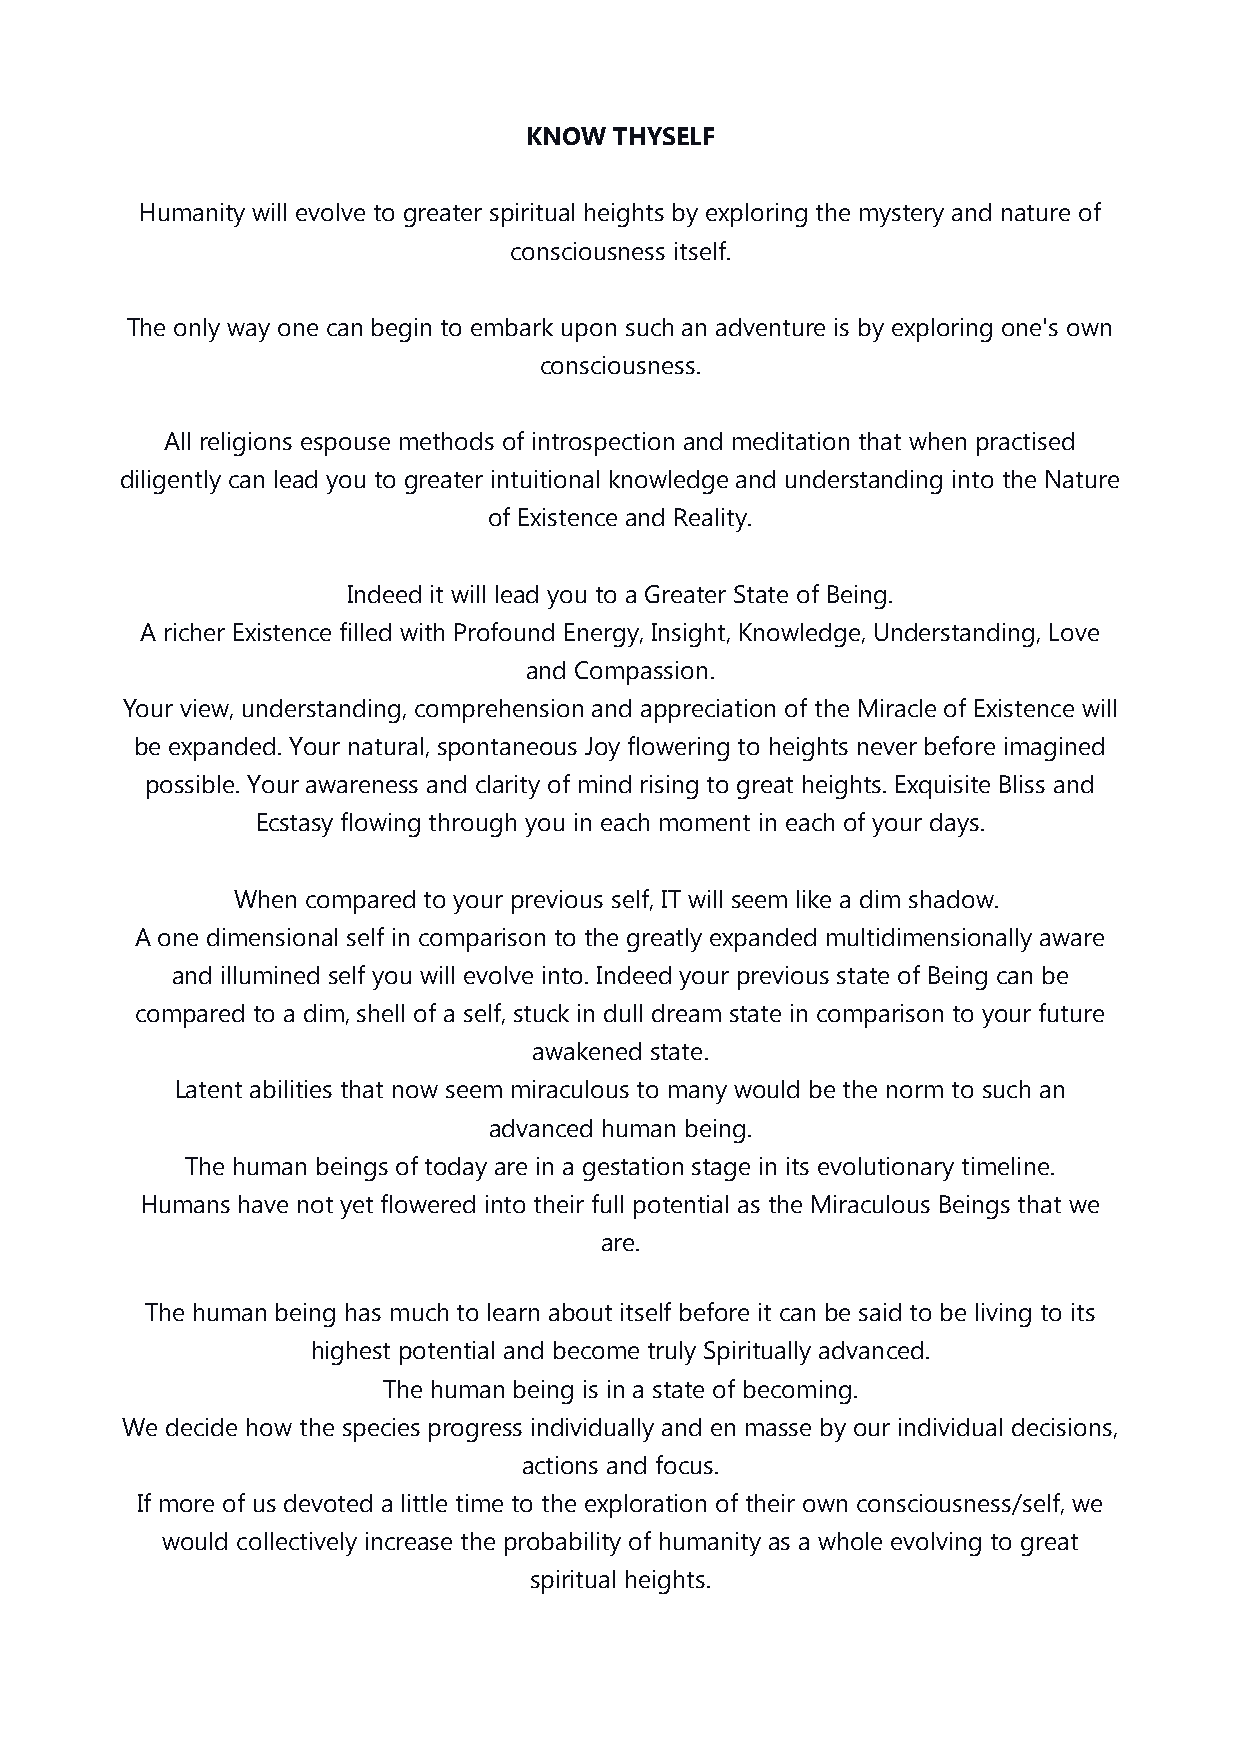
KNOW  THYSELF
 Humanity will evolve to greater spiritual heights by exploring the mystery and nature of
 consciousness itself.
 The only way one can begin to embark upon such an adventure is by exploring one's own
 consciousness.
 All religions espouse methods of introspection and meditation that when practised
 diligently can lead you to greater intuitional knowledge and understanding into the Nature
 of Existence and Reality.
 Indeed it will lead you to a Greater State of Being.
 A richer Existence filled with Profound Energy, Insight, Knowledge, Understanding, Love
 and Compassion.
 Your view, understanding, comprehension and appreciation of the Miracle of Existence will
 be expanded. Your natural, spontaneous Joy flowering to heights never before imagined
 possible. Your awareness and clarity of mind rising to great heights. Exquisite Bliss and
 Ecstasy flowing through you in each moment in each of your days.
 When compared to your previous self, IT will seem like a dim shadow.
 A one dimensional self in comparison to the greatly expanded multidimensionally aware
 and illumined self you will evolve into. Indeed your previous state of Being can be
 compared to a dim, shell of a self, stuck in dull dream state in comparison to your future
 awakened state.
 Latent abilities that now seem miraculous to many would be the norm to such an
 advanced human being.
 The human beings of today are in a gestation stage in its evolutionary timeline.
 Humans have not yet flowered into their full potential as the Miraculous Beings that we
 are.
 The human being has much to learn about itself before it can be said to be living to its
 highest potential and become truly Spiritually advanced.
 The human being is in a state of becoming.
 We decide how the species progress individually and en masse by our individual decisions,
 actions and focus.
 If more of us devoted a little time to the exploration of their own consciousness/self, we
 would collectively increase the probability of humanity as a whole evolving to great
 spiritual heights.